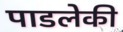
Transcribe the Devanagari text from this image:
पाडलेकी